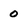
Character: 0